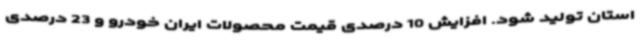
استان تولید شود. افزایش 10 درصدی قیمت محصولات ایران خودرو و 23 درصدی